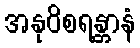
အနုဝိစရန္တာနံ